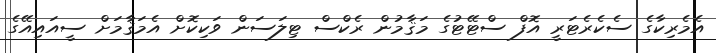
އެމެރިކާގެ ސެކެރެޓަރީ އޮފް ސްޓޭޓުގެ މަޤާމުން ރެކްސް ޓިލަސަން ވަކިކޮށް އެމަޤާމަށް ސީއައިއޭގެ